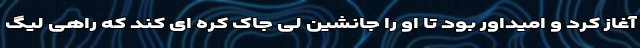
آغاز کرد و امیداور بود تا او را جانشین لی جاک کره ای کند که راهی لیگ